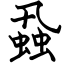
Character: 蝨